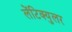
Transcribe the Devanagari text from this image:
लेंटिक्युलर